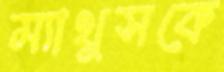
ম্যাথুসকে